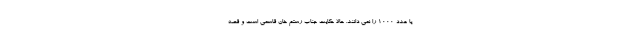
یا عدد 1000 را نمی دانند. حالا حکایت جناب رستم خان قاسمی است و قصه